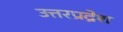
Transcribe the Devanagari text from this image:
उत्तरप्रद्रेश